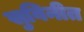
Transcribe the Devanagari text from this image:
सुविनीत